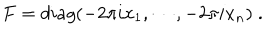
F = d i a g ( - 2 \pi i x _ { 1 } , \cdots , - 2 \pi i x _ { n } ) \; .